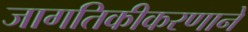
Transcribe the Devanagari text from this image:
जागतिकीकरणाने